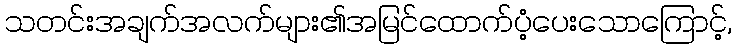
သတင်းအချက်အလက်များ၏အမြင်ထောက်ပံ့ပေးသောကြောင့်,